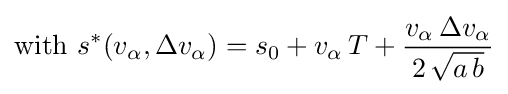
{\text{with }}s^{*}(v_{\alpha },\Delta v_{\alpha })=s_{0}+v_{\alpha }\,T+{\frac {v_{\alpha }\,\Delta v_{\alpha }}{2\,{\sqrt {a\,b}}}}